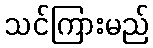
သင်ကြားမည်